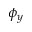
\phi _ { y }